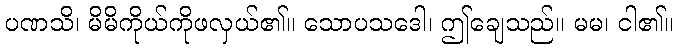
ပဏသိ၊ မိမိကိုယ်ကိုဖလှယ်၏။ သောပသဒေါ၊ ဤချေသည်။ မမ၊ ငါ၏။